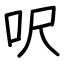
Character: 呎